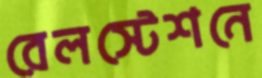
রেলস্টেশনে